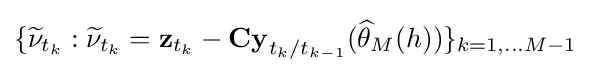
\{{\widetilde {\mathbf {\nu } }}_{t_{k}}:{\widetilde {\mathbf {\nu } }}_{t_{k}}=\mathbf {z} _{t_{k}}-\mathbf {Cy} _{t_{k}/t_{k-1}}({\widehat {\theta }}_{M}(h))\}_{k=1,\ldots M-1}